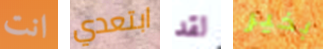
انت ابتعدي لقد بخير